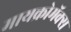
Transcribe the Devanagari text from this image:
मायक्रोमॅक्स